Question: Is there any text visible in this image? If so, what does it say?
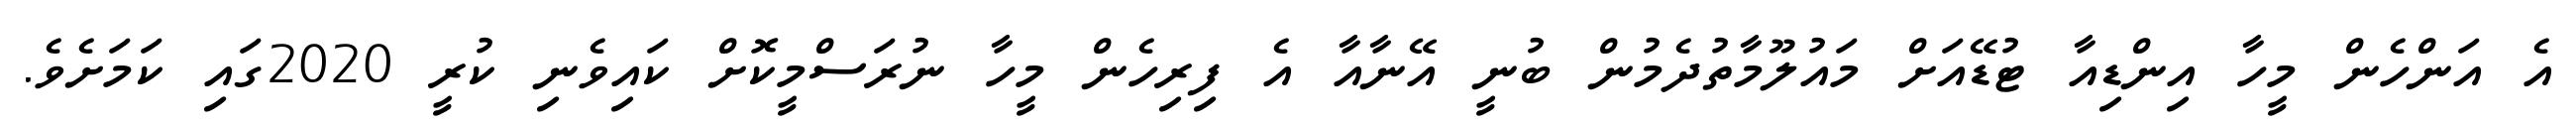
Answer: އެ އަންހެން މީހާ އިންޑިއާ ޓުޑޭއަށް މައުލޫމާތުދެމުން ބުނީ އޭނާއާ އެ ފިރިހެން މީހާ ނުރަސްމީކޮށް ކައިވެނި ކުރީ 2020ގައި ކަމަށެވެ.